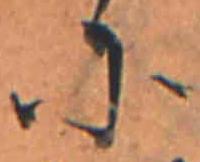
に